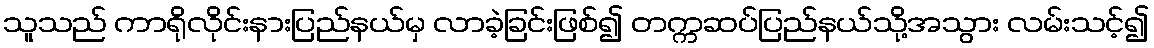
သူသည် ကာရိုလိုင်းနားပြည်နယ်မှ လာခဲ့ခြင်းဖြစ်၍ တက္ကဆပ်ပြည်နယ်သို့အသွား လမ်းသင့်၍